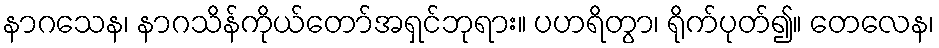
နာဂသေန၊ နာဂသိန်ကိုယ်တော်အရှင်ဘုရား။ ပဟရိတွာ၊ ရိုက်ပုတ်၍။ တေလေန၊